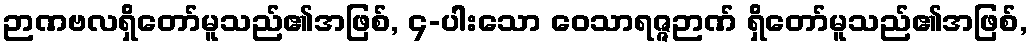
ဉာဏဗလရှိတော်မူသည်၏အဖြစ်, ၄-ပါးသော ဝေသာရဇ္ဇဉာဏ် ရှိတော်မူသည်၏အဖြစ်,